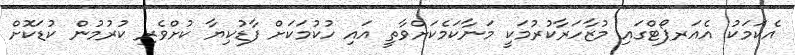
އެކަމަކު އެއަރޕޯޓްގައި މުޒާހަރާކުރުމަކީ މަނާކަމެކަށްވާތީ އައި ހުކުމަކަށް ފާޑުކިޔާ ކުށްވެރި ކުރުމުން ކުޑަކޮށް